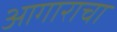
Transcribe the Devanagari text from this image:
आगाराचा